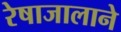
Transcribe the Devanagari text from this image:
रेषाजालाने